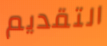
التقديم